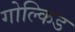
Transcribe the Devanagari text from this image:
गोल्किड